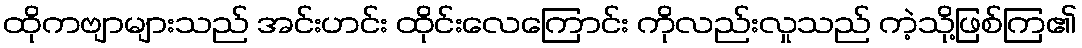
ထိုကဗျာများသည် အင်းဟင်း ထိုင်းလေကြောင်း ကိုလည်းလှုသည် ကဲ့သို့ဖြစ်ကြ၏